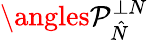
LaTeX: \angles{\mathcal{P}}_{\hat{N}}^{\perp N}